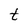
Character: t